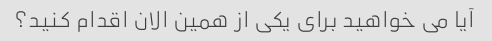
آیا می خواهید برای یکی از همین الان اقدام کنید؟